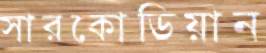
সারকোডিয়ান